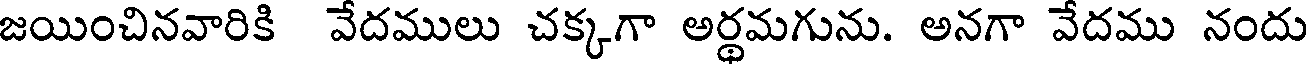
జయించినవారికి వేదములు చక్కగా అర్థమగును. అనగా వేదము నందు